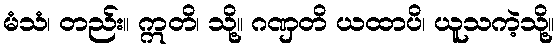
မံသံ၊ တည်း။ ဣတိ၊ သို့။ ဂဏှတိ ယထာပိ၊ ယူသကဲ့သို့။